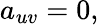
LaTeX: a_{uv}=0,